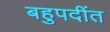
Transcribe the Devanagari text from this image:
बहुपदींत